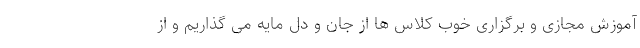
آموزش مجازی و برگزاری خوب کلاس ها از جان و دل مایه می گذاریم و از